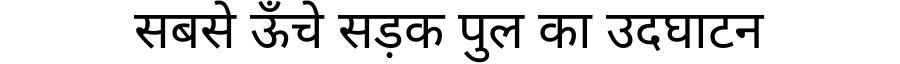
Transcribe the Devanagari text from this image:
सबसे ऊँचे सड़क पुल का उदघाटन